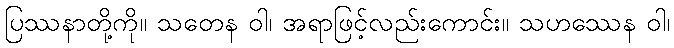
ပြဿနာတို့ကို။ သတေန ဝါ၊ အရာဖြင့်လည်းကောင်း။ သဟဿေန ဝါ၊